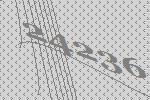
24236